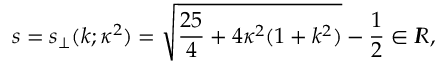
s = s _ { \perp } ( k ; \kappa ^ { 2 } ) = \sqrt { \frac { 2 5 } { 4 } + 4 \kappa ^ { 2 } ( 1 + k ^ { 2 } ) } - \frac 1 2 \in I \! \! R ,